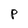
Character: P